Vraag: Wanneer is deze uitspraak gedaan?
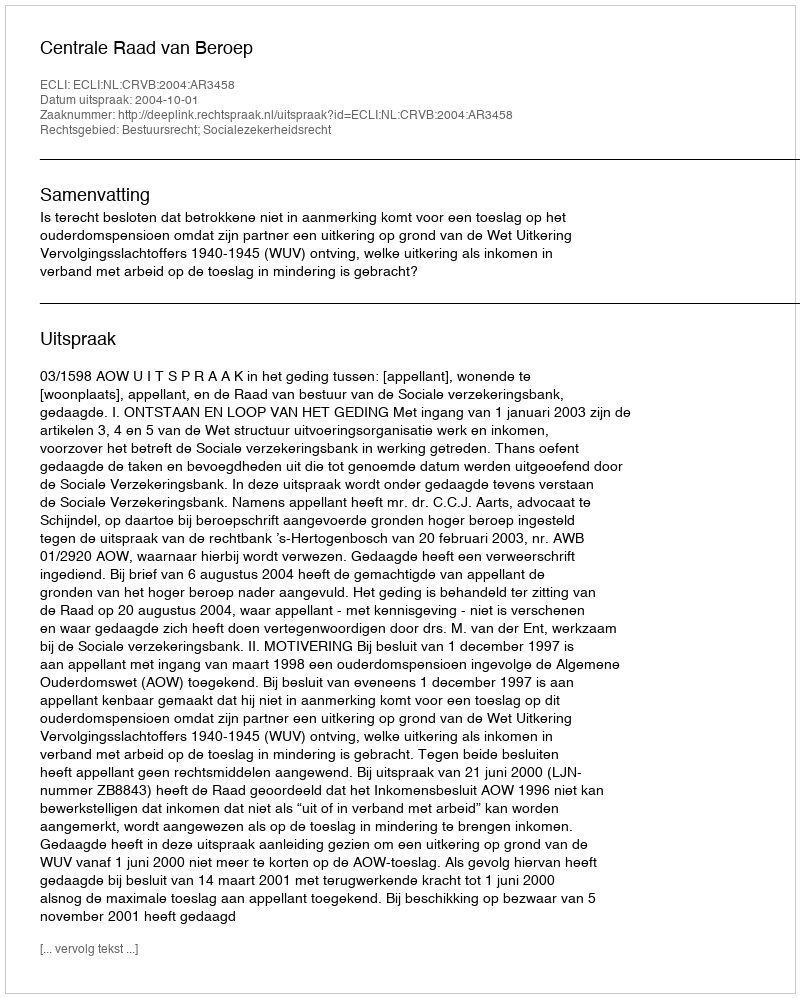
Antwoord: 2004-10-01